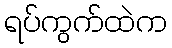
ရပ်ကွက်ထဲက